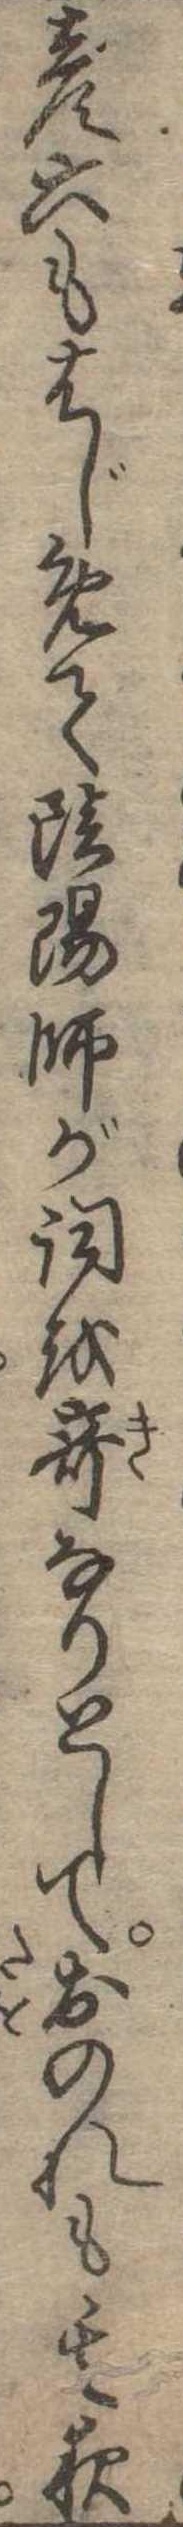
彦六もはじめて陰陽師が詞を奇なりとしておのれも其夜